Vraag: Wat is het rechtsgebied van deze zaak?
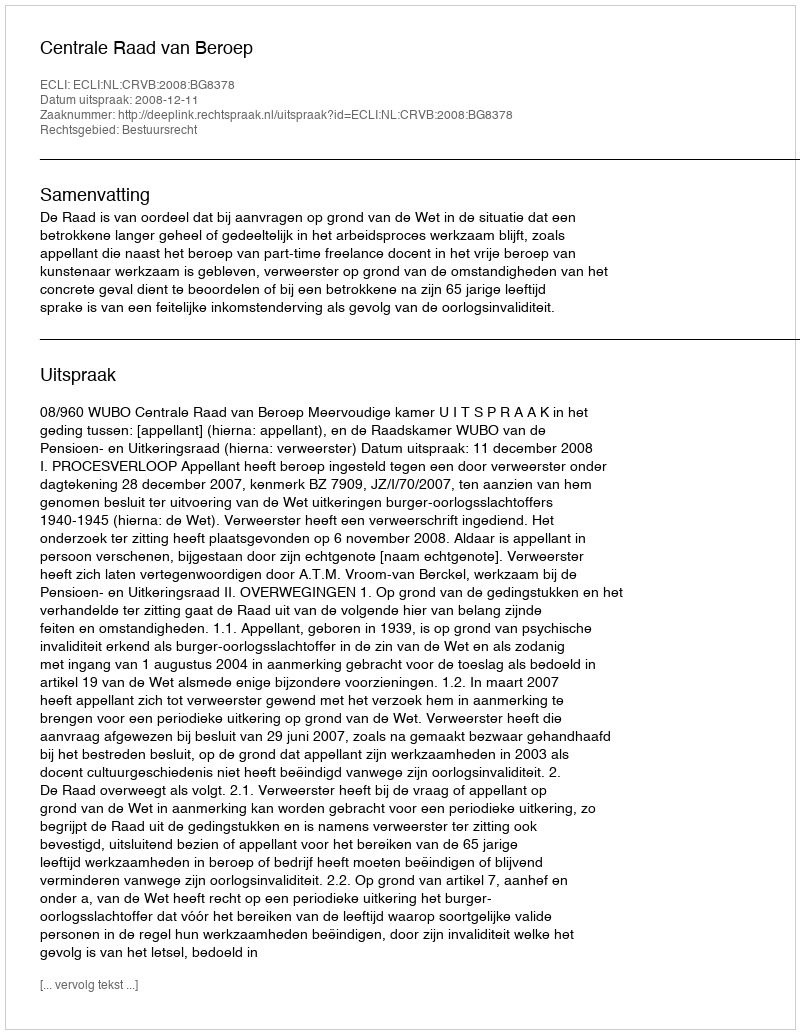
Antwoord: Bestuursrecht